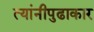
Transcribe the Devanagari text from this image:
त्यांनीपुढाकार